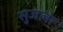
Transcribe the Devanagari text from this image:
सुजला